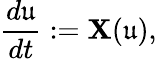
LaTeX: \frac{d\mathfrak{u}}{dt}:=\mathbf{X}(\mathfrak{u}),